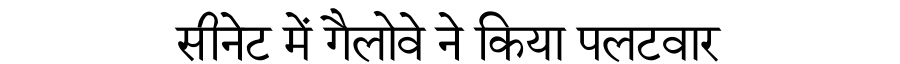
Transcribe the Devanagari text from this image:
सीनेट में गैलोवे ने किया पलटवार